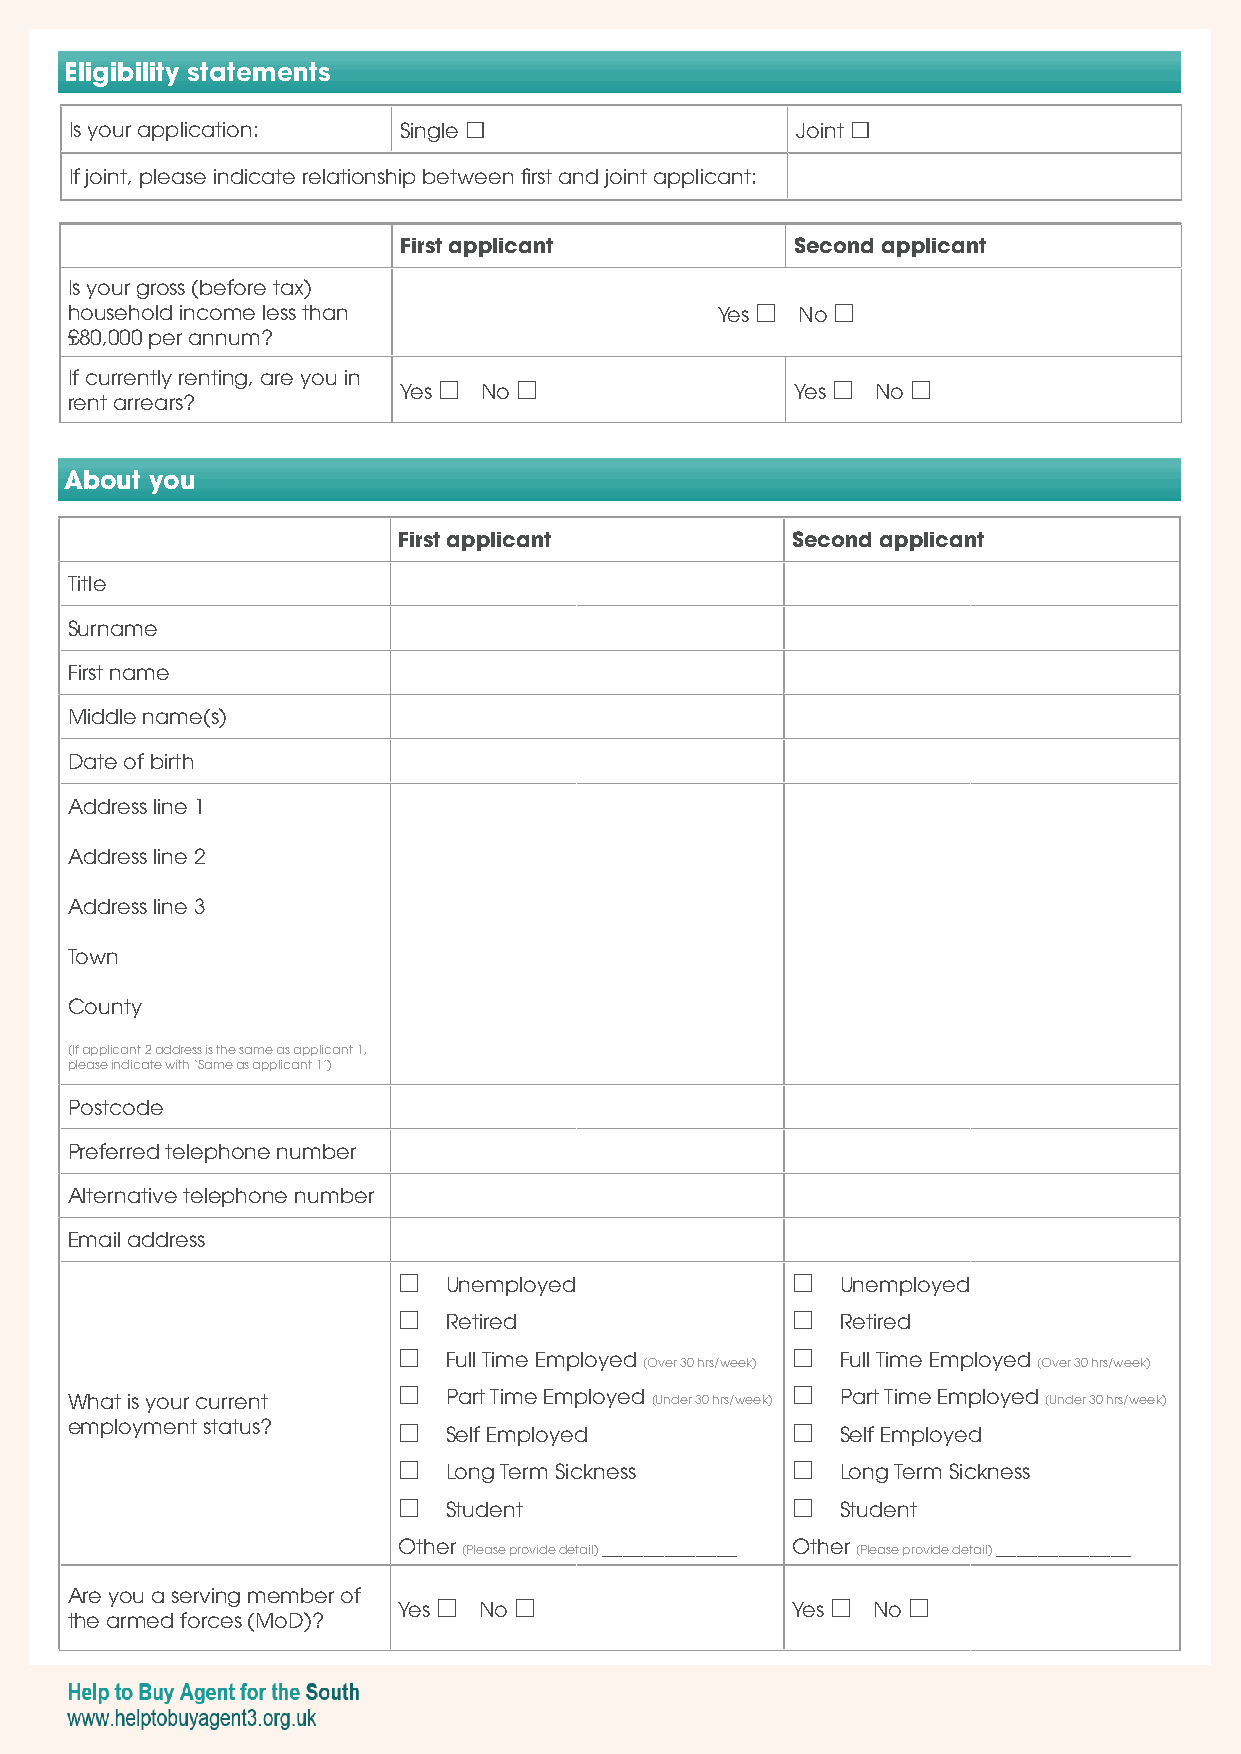
Eligibility statements
 Is your application: Single                    Joint 
 If joint, please indicate relationship between first and joint applicant:
 First applicant            Second applicant
 Is your gross (before tax)
 household income less than                Yes  No 
 £80,000 per annum?
 If currently renting, are you in
 Yes  No                  Yes  No 
 rent arrears?
 About you
 First applicant           Second applicant
 Title
 Surname
 First name
 Middle name(s)
 Date of birth
 Address line 1
 Address line 2
 Address line 3
 Town
 County
 (If applicant 2 address is the same as applicant 1,
 please indicate with ‘Same as applicant 1’)
 Postcode
 Preferred telephone number
 Alternative telephone number
 Email address
   Unemployed                Unemployed
   Retired                   Retired
   Full Time Employed        Full Time Employed
 (Over 30 hrs/week)        (Over 30 hrs/week)
 What is your current    Part Time Employed (Under 30 hrs/week)  Part Time Employed (Under 30 hrs/week)
 employment status?      Self Employed             Self Employed
   Long Term Sickness        Long Term Sickness
   Student                   Student
 Other         _____________ Other       _____________
 (Please provide detail)   (Please provide detail)
 Are you a serving member of
 Yes  No                 Yes  No 
 the armed forces (MoD)?